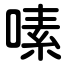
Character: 嗉